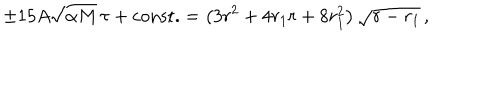
\pm 1 5 A \sqrt { \alpha M } \, \tau + \mathrm { c o n s t . } = \left( 3 r ^ { 2 } + { 4 r _ { 1 } } r + 8 r _ { 1 } ^ { 2 } \right) \sqrt { r - { r _ { 1 } } } \, , \nonumber \,